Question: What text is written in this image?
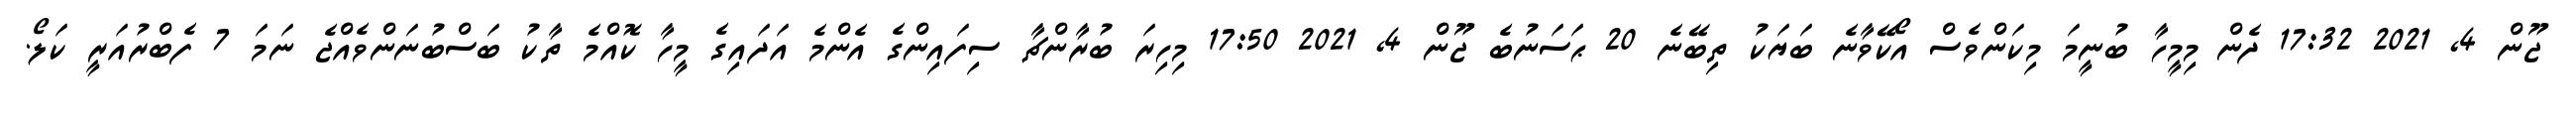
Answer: ޖޫން 4, 2021 17:32 ދެން މިމީހާ ބުނީމަ މިކަންވެސް އޯކޭވާނެ ބަޔަކު ތިބޭނެ 20 ޙަސަނުބެ ޖޫން 4, 2021 17:50 މިހިރަ ބުރާންޗާ ސިފައިންގެ އެންމެ އަދައިގެ މީހާ ކޮއްމެ ތާކު ބަސްބުނަންވެއްޖެ ނަމަ 7 ފެބްރުއަރީ ކަލޯ.